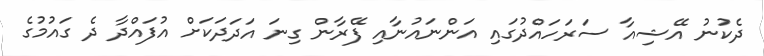
ދެކުނު އޭޝިއާ ސަރަހައްދުގައި އަންނައުނާއި ފޭރާން ގިނަ އަދަދަކަށް އުފައްދާ ދެ ގައުމުގެ